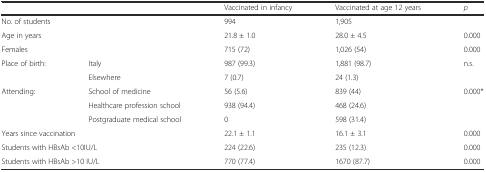
<table><thead><tr><td colspan="2"></td><td><b>Vaccinated in infancy</b></td><td><b>Vaccinated at age 12 years</b></td><td><b><i>p</i></b></td></tr></thead><tbody><tr><td colspan="2">No. of students</td><td>994</td><td>1,905</td><td></td></tr><tr><td colspan="2">Age in years</td><td>21.8 ± 1.0</td><td>28.0 ± 4.5</td><td>0.000</td></tr><tr><td colspan="2">Females</td><td>715 (72)</td><td>1,026 (54)</td><td>0.000</td></tr><tr><td rowspan="2">Place of birth:</td><td>Italy</td><td>987 (99.3)</td><td>1,881 (98.7)</td><td>n.s.</td></tr><tr><td>Elsewhere</td><td>7 (0.7)</td><td>24 (1.3)</td><td></td></tr><tr><td rowspan="3">Attending:</td><td>School of medicine</td><td>56 (5.6)</td><td>839 (44)</td><td rowspan="3">0.000*</td></tr><tr><td>Healthcare profession school</td><td>938 (94.4)</td><td>468 (24.6)</td></tr><tr><td>Postgraduate medical school</td><td>0</td><td>598 (31.4)</td></tr><tr><td colspan="2">Years since vaccination</td><td>22.1 ± 1.1</td><td>16.1 ± 3.1</td><td>0.000</td></tr><tr><td colspan="2">Students with HBsAb &lt;10IU/L</td><td>224 (22.6)</td><td>235 (12.3)</td><td>0.000</td></tr><tr><td colspan="2">Students with HBsAb &gt;10 IU/L</td><td>770 (77.4)</td><td>1670 (87.7)</td><td>0.000</td></tr></tbody></table>